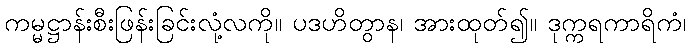
ကမ္မဋ္ဌာန်းစီးဖြန်းခြင်းလုံ့လကို။ ပဒဟိတွာန၊ အားထုတ်၍။ ဒုက္ကရကာရိကံ၊